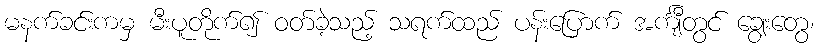
မနက်ခင်းကမှ မီးပူတိုက်၍ ဝတ်ခဲ့သည့် သရက်ထည် ပန်းပြောက် အင်္ကျီတွင် ချွေးတွေ၊